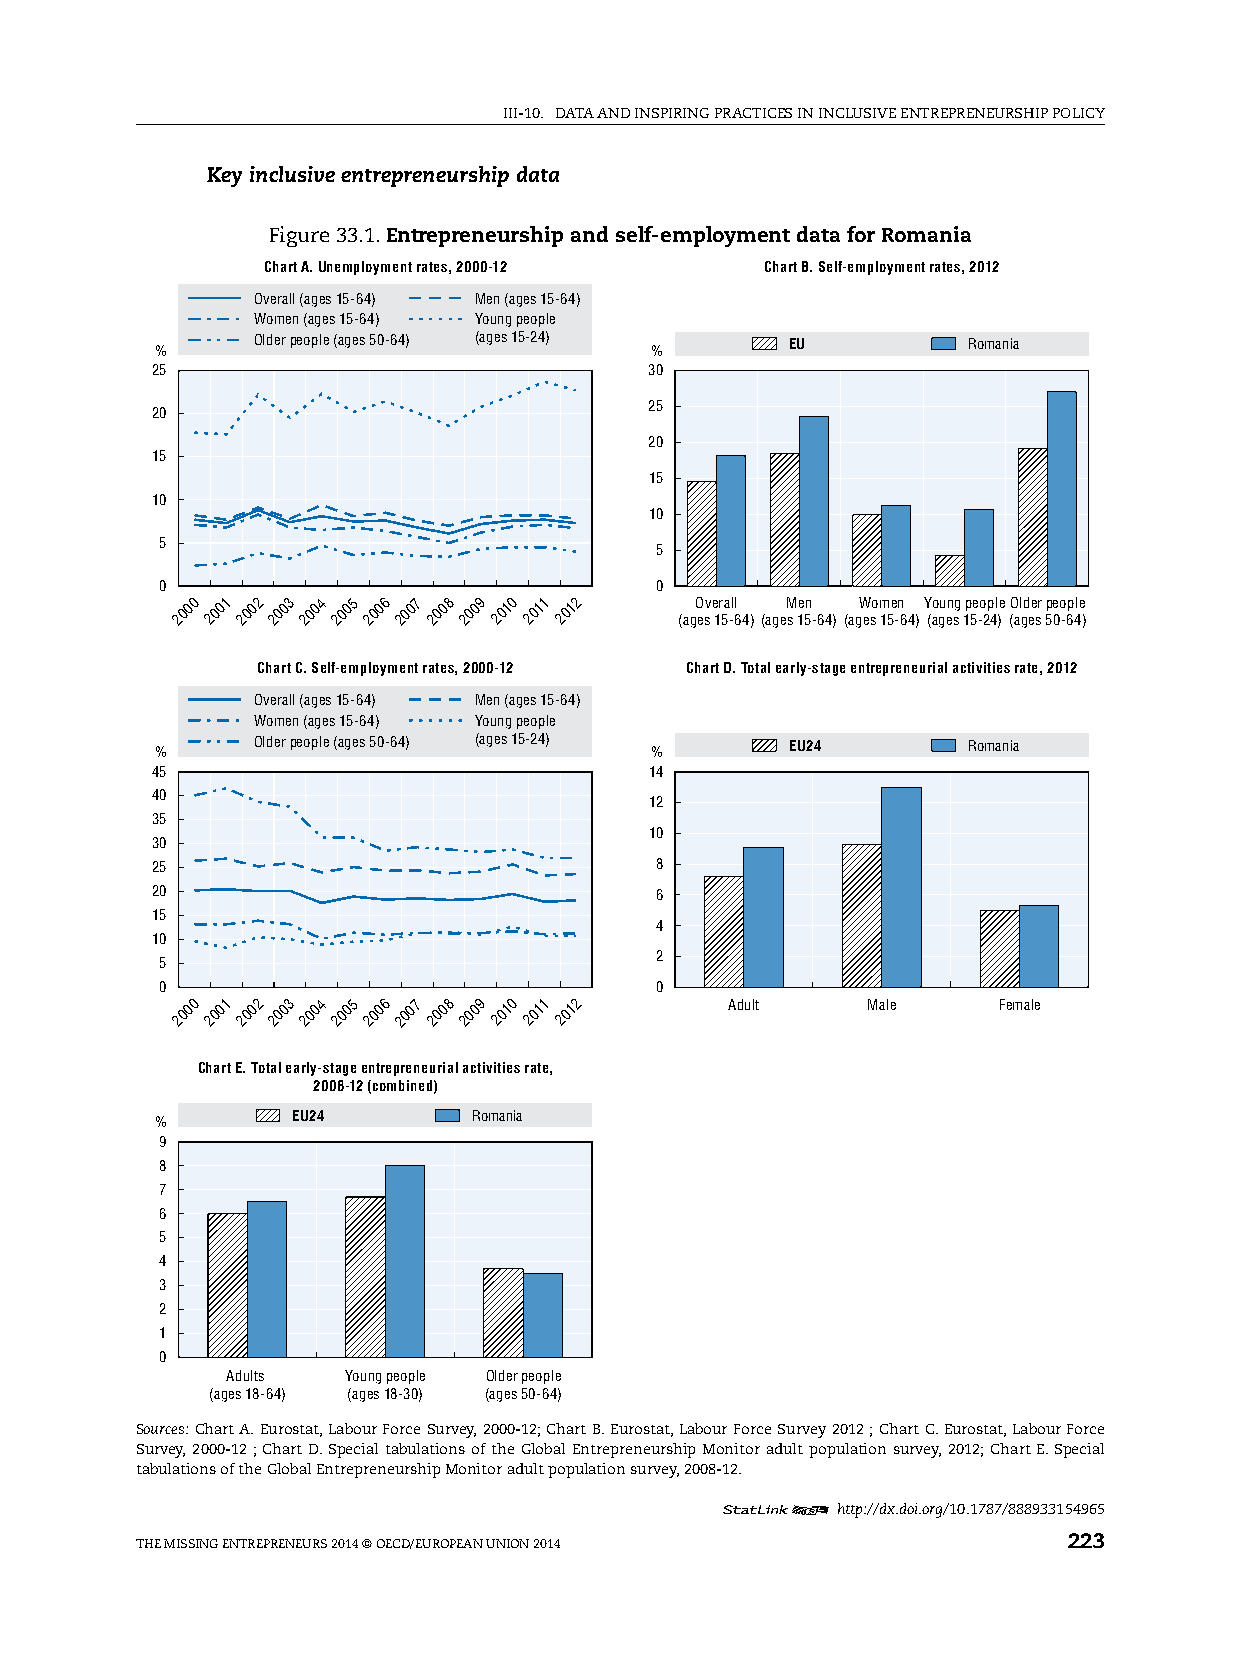
iii-10. DATA AnD inspiring prACTiCes in inClusive enTrepreneurship pOliCy
 Key inclusive entrepreneurship data
 Figure 33.1. Entrepreneurship and self-employment data for Romania
 Chart A. Unemployment rates, 2000-12 Chart B. Self-employment rates, 2012
 Overall (ages 15-64) Men (ages 15-64)
 Women (ages 15-64) Young people
 Older people (ages 50-64) (ages 15-24) EU      Romania
 %                                %
 25                               30
 25
 20
 20
 15
 15
 10
 10
 5
 5
 0                               0
 2000 2001 2002 2003 2004 2005 2006 2007 2008 2009 2010 2011 2012 (agO esv e 1r 5a -ll 64)(ageM
 s
 1e 5n
 -64)
 (agW eso m 15e -n 64)Y (ao gu en sg 1p 5e -o 2p 4l )e (O al gd ee sr 5p 0eo -6p 4le
 )
 Chart C. Self-employment rates, 2000-12 Chart D. Total early-stage entrepreneurial activities rate, 2012
 Overall (ages 15-64) Men (ages 15-64)
 Women (ages 15-64) Young people
 Older people (ages 50-64) (ages 15-24) EU24    Romania
 %                                %
 45                               14
 40
 12
 35
 10
 30
 25                               8
 20                               6
 15
 4
 10
 2
 5
 0                               0
 2000 2001 2002 2003 2004 2005 2006 2007 2008 2009 2010 2011 2012 Adult Male Female
 Chart E. Total early-stage entrepreneurial activities rate,
 2008-12 (combined)
 EU24        Romania
 %
 9
 8
 7
 6
 5
 4
 3
 2
 1
 0
 Adults  Young people Older people
 (ages 18-64) (ages 18-30) (ages 50-64)
 Sources: Chart A. eurostat, labour Force survey, 2000-12; Chart B. eurostat, labour Force survey 2012 ; Chart C. eurostat, labour Force
 survey, 2000-12 ; Chart D. special tabulations of the global entrepreneurship Monitor adult population survey, 2012; Chart e. special
 tabulations of the global entrepreneurship Monitor adult population survey, 2008-12.
 12     http://dx.doi.org/10.1787/888933154965
 The Missing enTrepreneurs 2014 © OeCD/eurOpeAn uniOn 2014     223